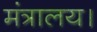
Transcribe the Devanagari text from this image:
मंत्रालय।